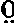
:0